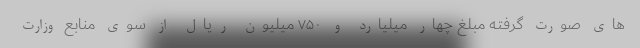
های صورت گرفته مبلغ چهار میلیارد و ۷۵۰ میلیون ریال از سوی منابع وزارت